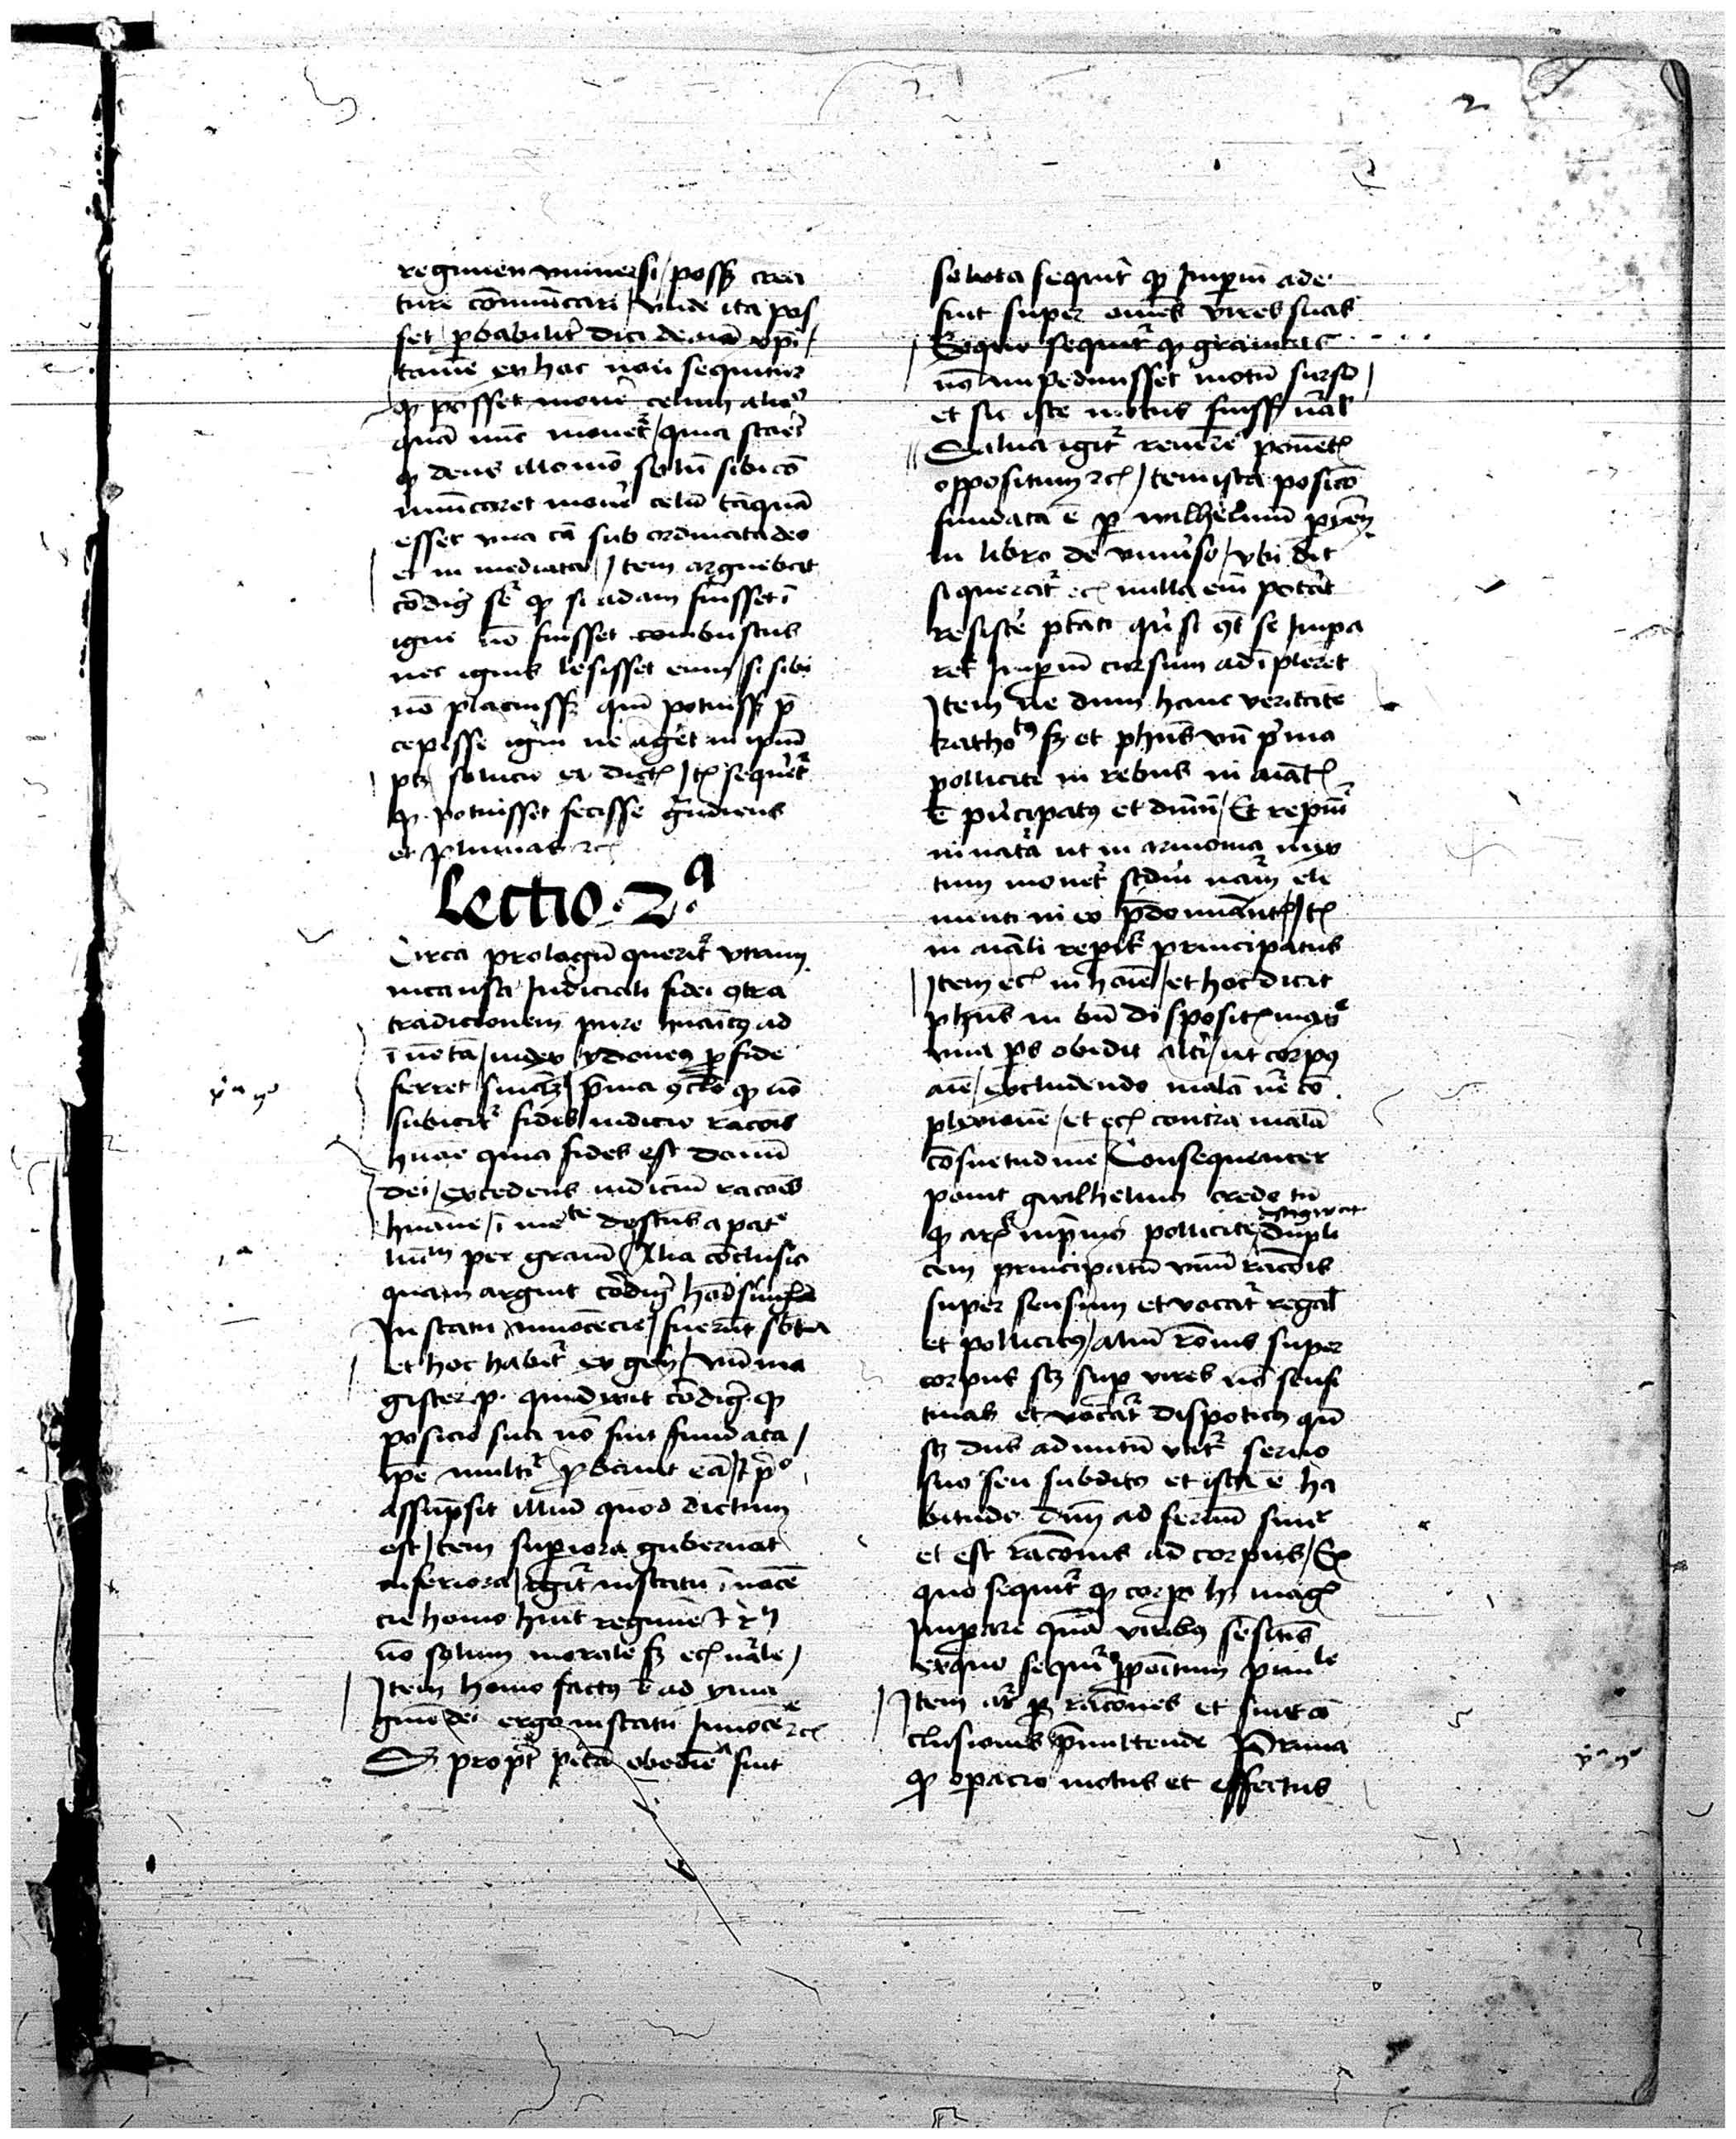
Shelfmark: Vatican, Biblioteca Apostolica Vaticana, Pal. Lat. 373
Century: 15